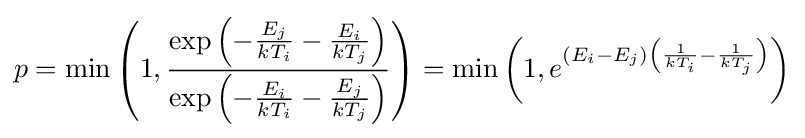
p=\min \left(1,{\frac {\exp \left(-{\frac {E_{j}}{kT_{i}}}-{\frac {E_{i}}{kT_{j}}}\right)}{\exp \left(-{\frac {E_{i}}{kT_{i}}}-{\frac {E_{j}}{kT_{j}}}\right)}}\right)=\min \left(1,e^{(E_{i}-E_{j})\left({\frac {1}{kT_{i}}}-{\frac {1}{kT_{j}}}\right)}\right)